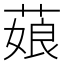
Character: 𦷄